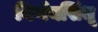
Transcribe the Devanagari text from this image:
निर्णयसिंधू